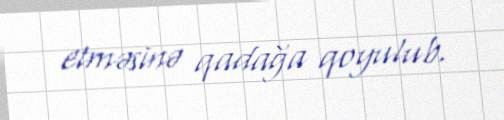
etməsinə qadağa qoyulub.